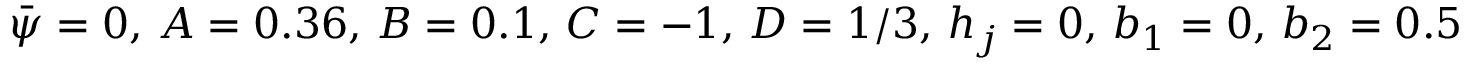
\bar { \psi } = 0 , \, A = 0 . 3 6 , \, B = 0 . 1 , \, C = - 1 , \, D = 1 / 3 , \, h _ { j } = 0 , \, b _ { 1 } = 0 , \, b _ { 2 } = 0 . 5